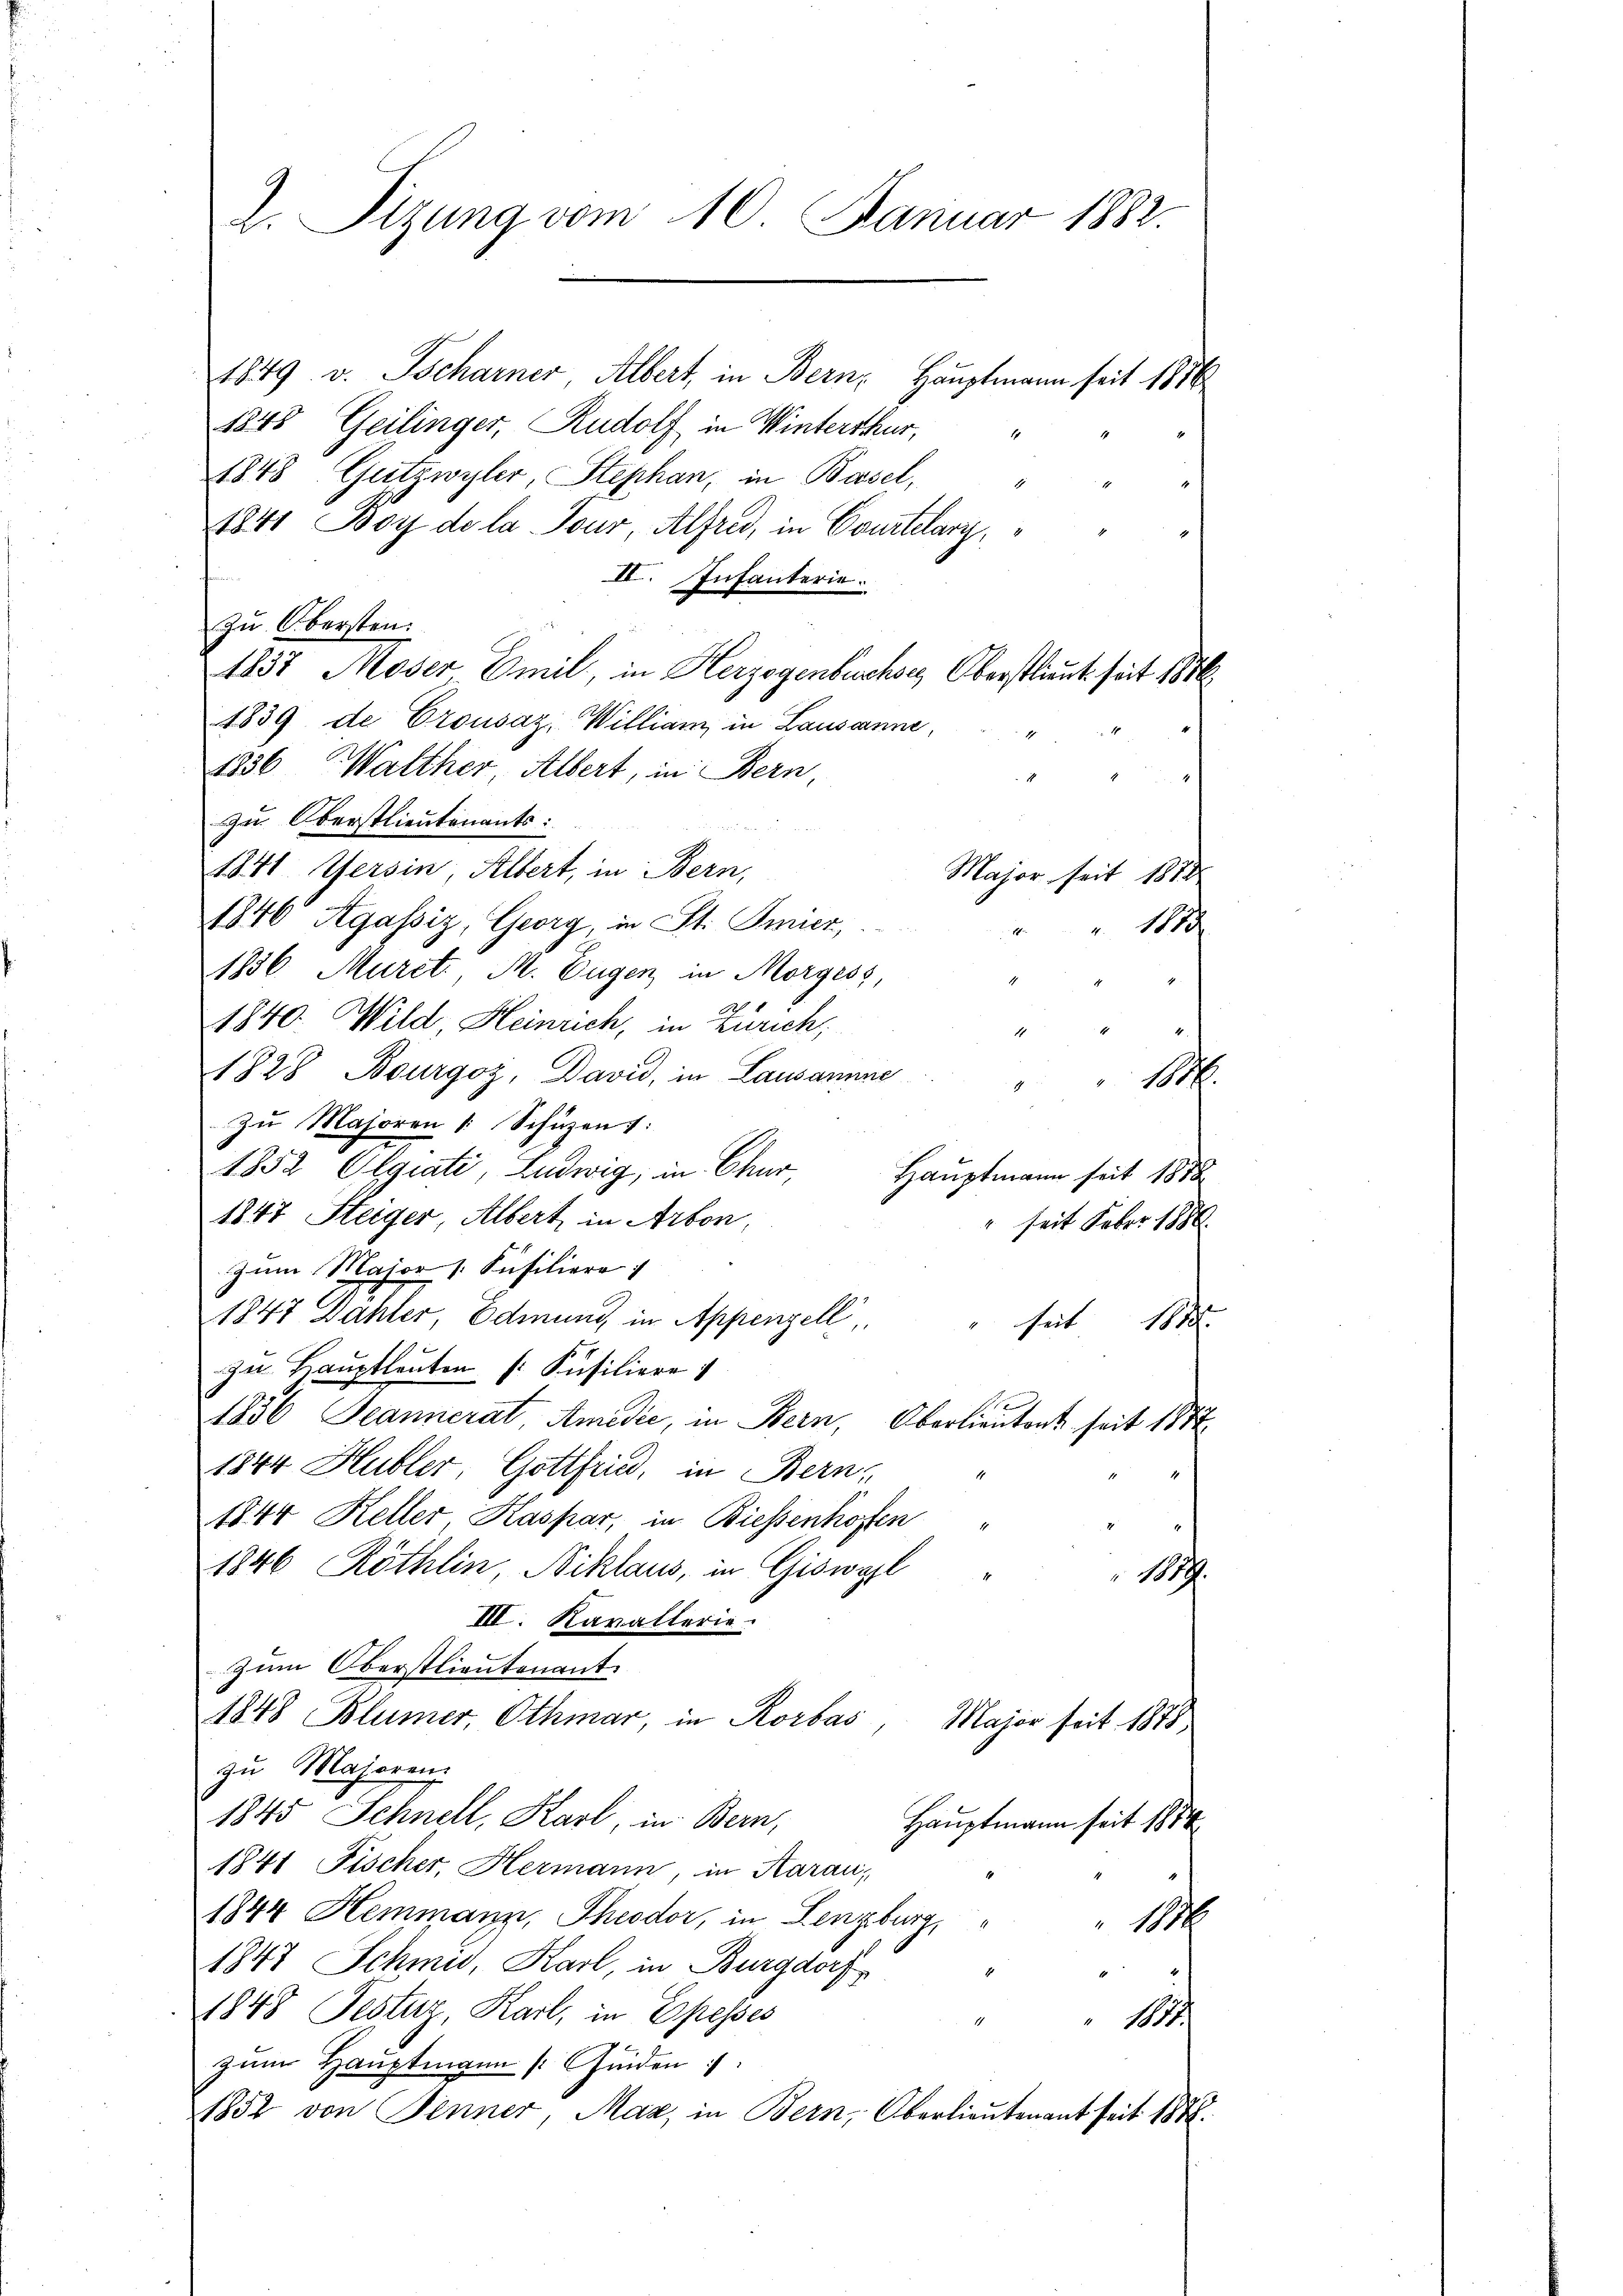
2. Sizung vom 10. Januar 1882.

1849 v. Tscharner Albert, in Bern, Hauptmann seit 1856
1848 Geilinger, Rudolf in Winterthur,
1848 Gutzwyler, Stephan, in Basel,
1
1841 Boy de la Tour, Alfred, in Courtelary,
i
II. Infanterie.
zu Obersten.
1857 Moser Emil, in Herzogenbuchses Oberstlieut seit 18
1839 de Crousaz, William in Lausanne,
1
1236 Walther, Albert, in Bern,
1
zu Oberstlieutenants:
1841. Gersin, Albert, in Bern,
Major seit 1818
1846 Agassiz, Georg in St. Amier,
" 1883.
1836 Muret. M. Eugen in Morgess
1840. Wild, Heinrich, in Zürich,
a
1828 Bourgoz, David, in Lausanne
M.

zu Majoren /: Schüzen):
1852 Oegiati, Ludwig, in Chur
Hauptmann seit 1878
1847 Steiger, Albert in Arbon,
seit Feber 1886.
Zum Maior / Füsiliere
1847 Dähler, Edmung in Appenzell
" seit 1878
zu Hauptleuten (: Füsiliere
1836 Jeannerat Amidić, in Bern, Oberlieutent seit 1872
1844 Hubler, Gottfried, in Bern,
1844 Keller Kaspar, in Biessenhoffen "
1846 Röthlin, Niklaus, in Giswyl
18.
III. Kavallerie
zum Oberstlieutenant.
1848 Blümer, Othmar, in Rorbas
Major seit 1878
zu Majorenz
1845 Schnell, Karl, in Bern,
Hauptmann seit 1884
1841 Fischer, Hermann, in Aarau,
1844 Hemmann, Theodor, in Lenzburg, " " 1816
1847 Schmid, Karl, in Burgdorf
1848 Pestuz, Karl, in Epesses
18
.
zum Hauptmann (feiden
1852 von Jenner, Maz, in Bern, Oberlieutenant seit 188